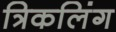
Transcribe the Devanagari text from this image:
त्रिकलिंग